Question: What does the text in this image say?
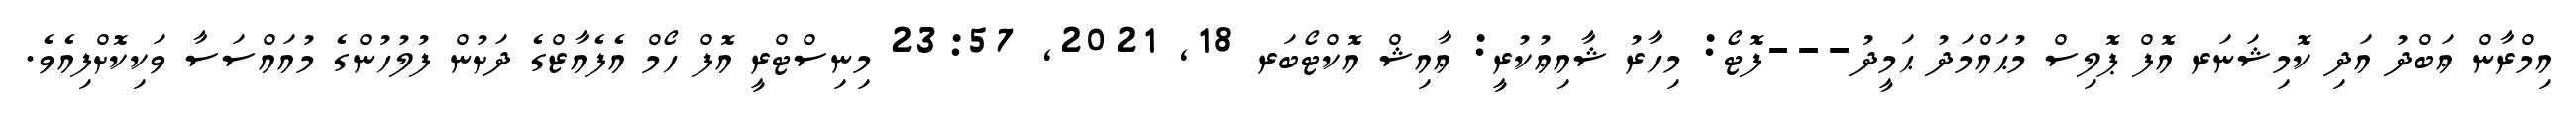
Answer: އިމްރާން ޢަބްދު އަދި ކޮމިޝަނަރ އޮފް ޕޮލިސް މުޙައްމަދު ޙަމީދު---ފޮޓޯ: މިހާރު ޝާއިޢުކުރީ: ޢާއިޝް އޮކްޓޯބަރ 18, 2021, 23:57 މިނިސްޓްރީ އޮފް ހޯމް އެފެއާޒްގެ ދަށުން ފުލުހުންގެ މުއައްސަސާ ވަކިކޮށްފިއެވެ.